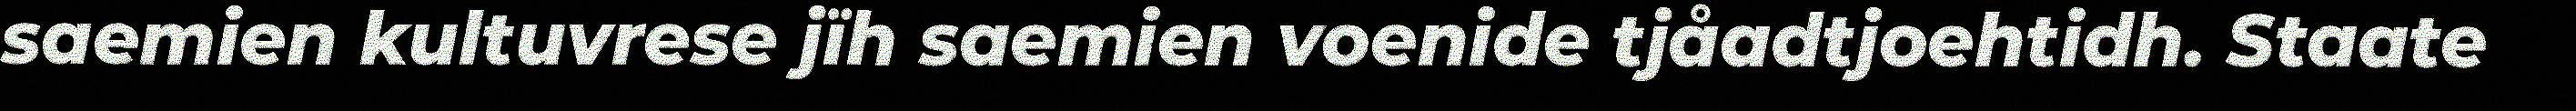
saemien kultuvrese jïh saemien voenide tjåadtjoehtidh. Staate